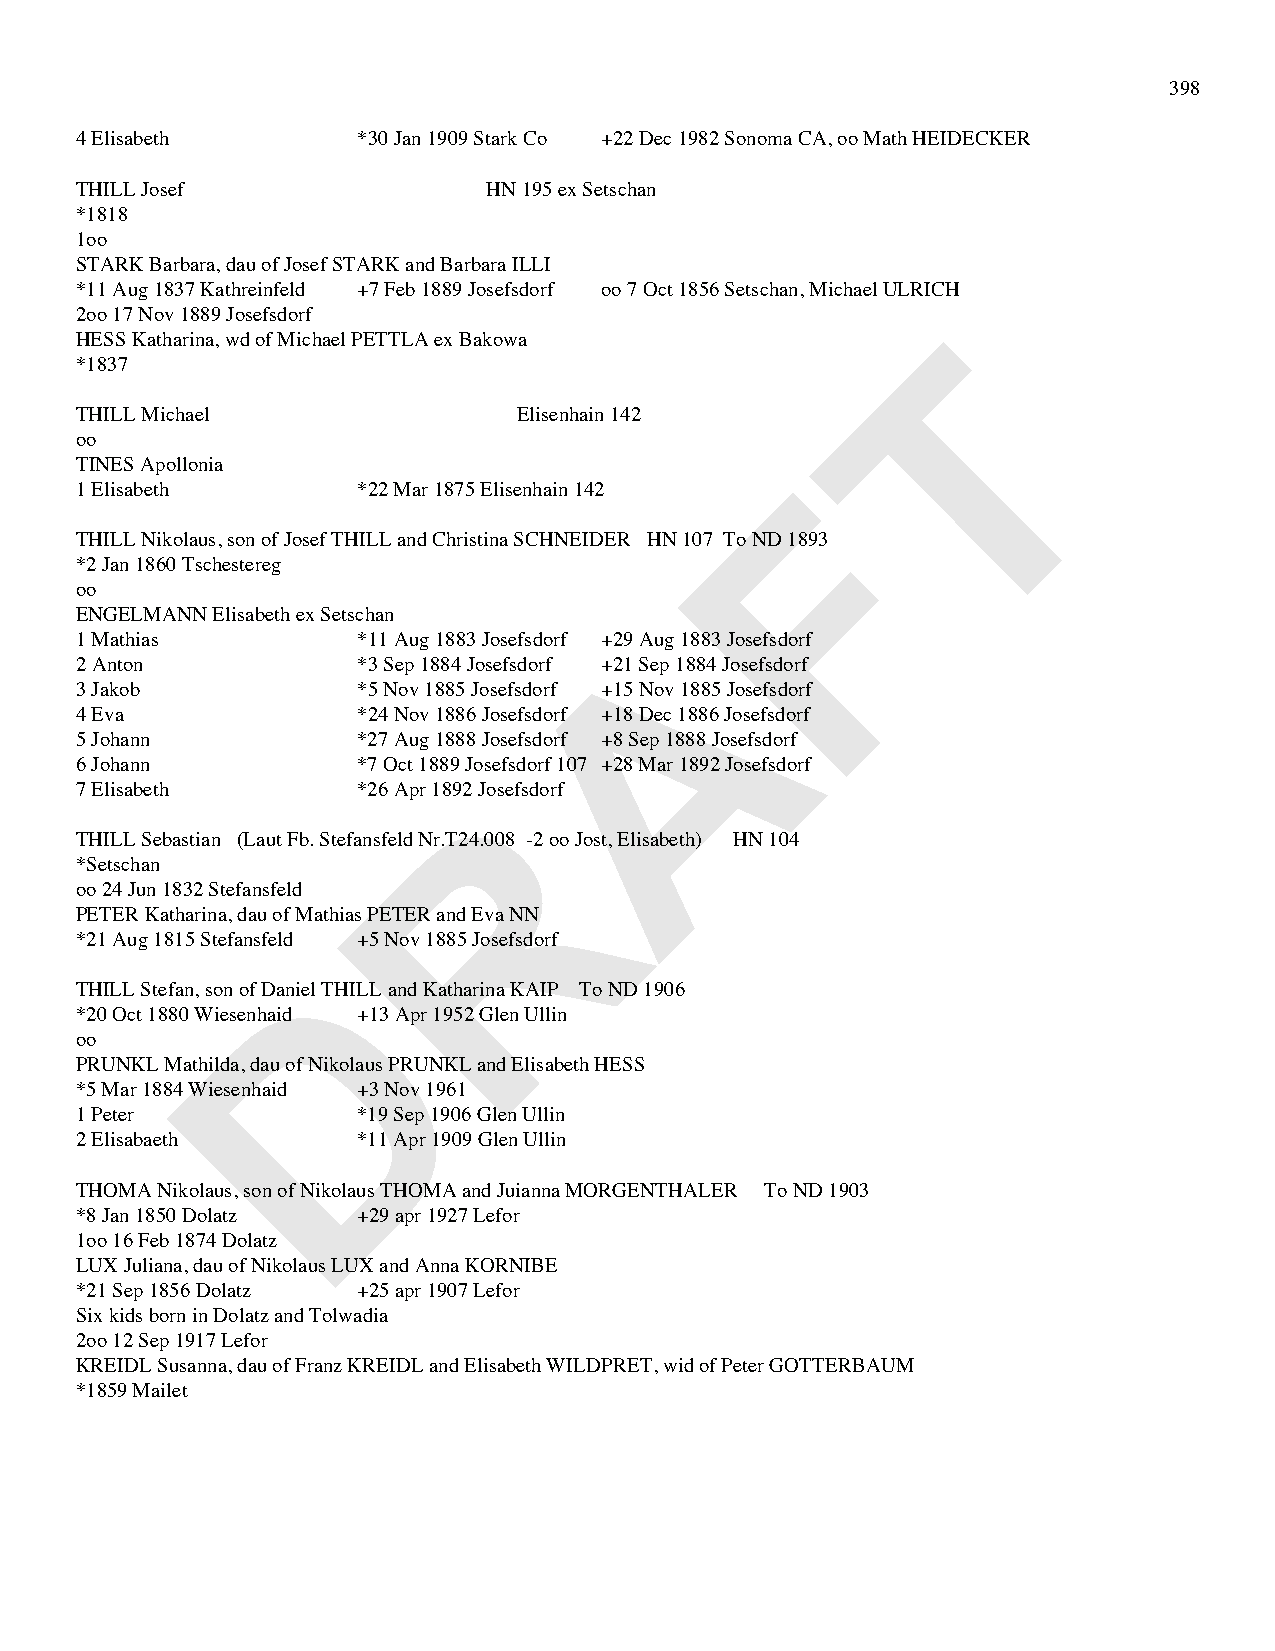
398
 4 Elisabeth        *30 Jan 1909 Stark Co +22 Dec 1982 Sonoma CA, oo Math HEIDECKER
 THILL Josef                HN 195 ex Setschan
 *1818
 1oo
 STARK Barbara, dau of Josef STARK and Barbara ILLI
 *11 Aug 1837 Kathreinfeld +7 Feb 1889 Josefsdorf oo 7 Oct 1856 Setschan, Michael ULRICH
 2oo 17 Nov 1889 Josefsdorf
 T
 HESS Katharina, wd of Michael PETTLA ex Bakowa
 *1837
 THILL Michael                Elisenhain 142
 oo
 TINES Apollonia                                F
 1 Elisabeth        *22 Mar 1875 Elisenhain 142
 THILL Nikolaus, son of Josef THILL and Christina SCHNEIDER HN 107 To ND 1893
 *2 Jan 1860 Tschestereg
 oo
 ENGELMANN Elisabeth ex Setschan      A
 1 Mathias          *11 Aug 1883 Josefsdorf +29 Aug 1883 Josefsdorf
 2 Anton            *3 Sep 1884 Josefsdorf +21 Sep 1884 Josefsdorf
 3 Jakob            *5 Nov 1885 Josefsdorf +15 Nov 1885 Josefsdorf
 4 Eva              *24 Nov 1886 Josefsdorf +18 Dec 1886 Josefsdorf
 5 Johann           *27 Aug 1888 Josefsdorf +8 Sep 1888 Josefsdorf
 6 Johann           *7 Oct 1889 Josefsdorf 107 +28 Mar 1892 Josefsdorf
 R
 7 Elisabeth        *26 Apr 1892 Josefsdorf
 THILL Sebastian (Laut Fb. Stefansfeld Nr.T24.008 -2 oo Jost, Elisabeth) HN 104
 *Setschan
 oo 24 Jun 1832 Stefansfeld
 PETER Katharina, dau of Mathias PETER and Eva NN
 *21 Aug 1815 Stefansfeld +5 Nov 1885 Josefsdorf
 D
 THILL Stefan, son of Daniel THILL and Katharina KAIP To ND 1906
 *20 Oct 1880 Wiesenhaid +13 Apr 1952 Glen Ullin
 oo
 PRUNKL Mathilda, dau of Nikolaus PRUNKL and Elisabeth HESS
 *5 Mar 1884 Wiesenhaid +3 Nov 1961
 1 Peter            *19 Sep 1906 Glen Ullin
 2 Elisabaeth       *11 Apr 1909 Glen Ullin
 THOMA Nikolaus, son of Nikolaus THOMA and Juianna MORGENTHALER To ND 1903
 *8 Jan 1850 Dolatz +29 apr 1927 Lefor
 1oo 16 Feb 1874 Dolatz
 LUX Juliana, dau of Nikolaus LUX and Anna KORNIBE
 *21 Sep 1856 Dolatz +25 apr 1907 Lefor
 Six kids born in Dolatz and Tolwadia
 2oo 12 Sep 1917 Lefor
 KREIDL Susanna, dau of Franz KREIDL and Elisabeth WILDPRET, wid of Peter GOTTERBAUM
 *1859 Mailet